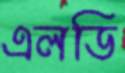
এলডি